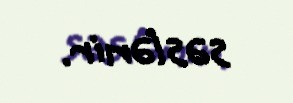
səslənir.